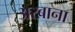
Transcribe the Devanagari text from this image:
अरबाना